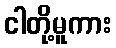
ငါတို့မူကား